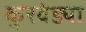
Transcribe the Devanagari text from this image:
कुरवंड्या